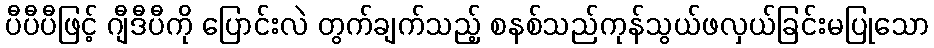
ပီပီပီဖြင့် ဂျီဒီပီကို ပြောင်းလဲ တွက်ချက်သည့် စနစ်သည်ကုန်သွယ်ဖလှယ်ခြင်းမပြုသော